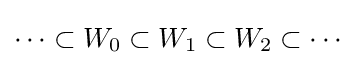
\cdots \subset W_{0}\subset W_{1}\subset W_{2}\subset \cdots